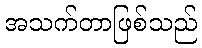
အသက်တာဖြစ်သည်